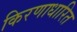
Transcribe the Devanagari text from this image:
किरणाधारित